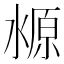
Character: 𬈛